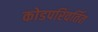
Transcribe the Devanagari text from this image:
कोडपरिवर्तित